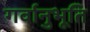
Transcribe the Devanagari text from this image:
गर्वानुभूति